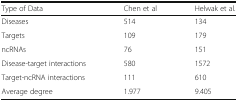
| Type of Data | Chen et al | Helwak et al. |
 | --- | --- | --- |
 | Diseases | 514 | 134 |
 | Targets | 109 | 179 |
 | ncRNAs | 76 | 151 |
 | Disease-target interactions | 580 | 1572 |
 | Target-ncRNA interactions | 111 | 610 |
 | Average degree | 1.977 | 9.405 |